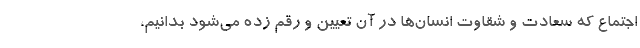
اجتماع که سعادت و شقاوت انسان‌ها در آن تعیین و رقم زده می‌شود بدانیم،